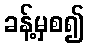
ခန့်မှစ၍